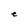
Character: e